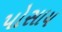
પોસાય